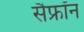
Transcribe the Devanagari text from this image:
सैफ्रॉन